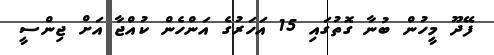
ފޭދޫ މީހުން ބުނާ ގޮތުގައި 15 އަހަރުގެ އަންހެން ކުއްޖާ އަށް ޖިންސީ